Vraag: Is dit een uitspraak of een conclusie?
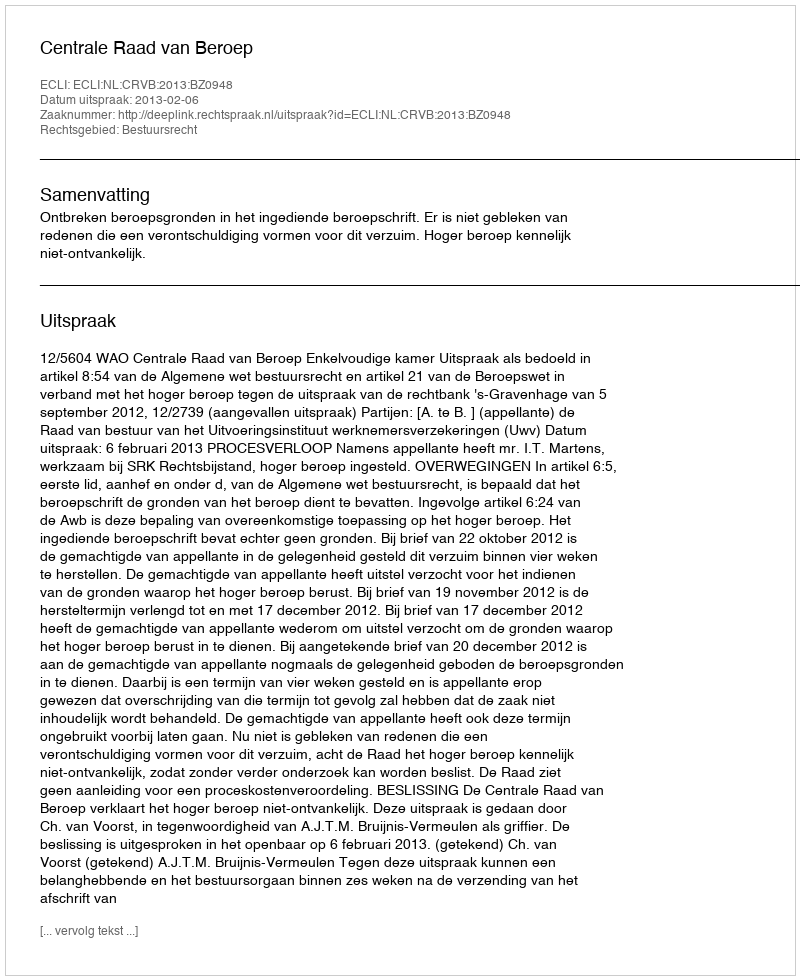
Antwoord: Uitspraak